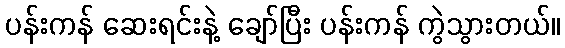
ပန်းကန် ဆေးရင်းနဲ့ ချော်ပြီး ပန်းကန် ကွဲသွားတယ်။